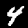
Label: 4